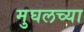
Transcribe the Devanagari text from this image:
मुघलच्या